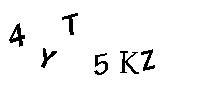
4YT5KZ